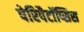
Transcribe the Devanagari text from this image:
पेरिपैटॉप्सिस